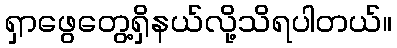
ရှာဖွေတွေ့ရှိနယ်လို့သိရပါတယ်။